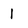
Character: l